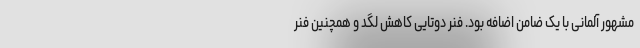
مشهور آلمانی با یک ضامن اضافه بود. فنر دوتایی کاهش لگد و همچنین فنر